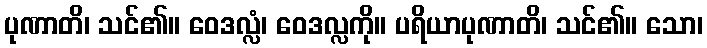
ပုဏာတိ၊ သင်၏။ ဝေဒလ္လံ၊ ဝေဒလ္လကို။ ပရိယာပုဏာတိ၊ သင်၏။ သော၊